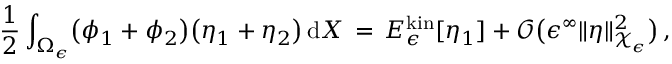
\frac 1 2 \int _ { \Omega _ { \epsilon } } \bigl ( \phi _ { 1 } + \phi _ { 2 } \bigr ) \bigl ( \eta _ { 1 } + \eta _ { 2 } \bigr ) \, \mathrm { d } X \, = \, E _ { \epsilon } ^ { \mathrm { k i n } } [ \eta _ { 1 } ] + \mathcal { O } \bigl ( \epsilon ^ { \infty } \| \eta \| _ { \mathcal { X } _ { \epsilon } } ^ { 2 } \bigr ) \, ,